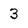
Character: 3